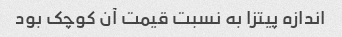
اندازه پیتزا به نسبت قیمت آن کوچک بود